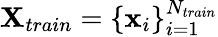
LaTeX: \mathbf X_{train}=\{ \mathbf x_{i}\} _{i=1}^{N_{train}}